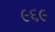
૯૬૯